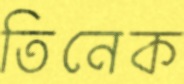
তিনেক